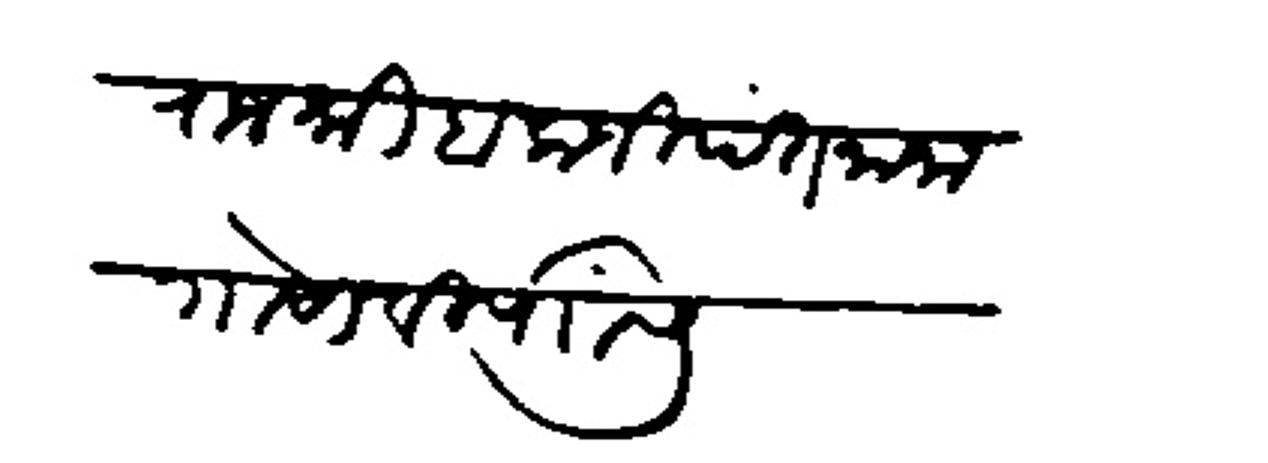
Transliteration (Devanagari): राजश्री बालाजीपंत नाना गोसावी यांसी